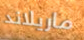
ماريلاند